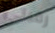
رقبتي